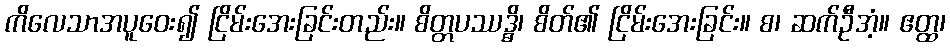
ကိလေသာအပူဝေး၍ ငြိမ်းအေးခြင်းတည်း။ စိတ္တပဿဒ္ဓိ၊ စိတ်၏ ငြိမ်းအေးခြင်း။ စ၊ ဆက်ဦအံ့။ ဧတ္ထ၊